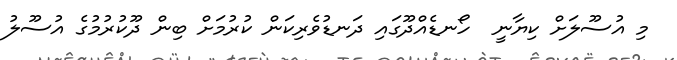
މި އުސޫލަށް ކިޔާނީ  ހޯނޑެއްދޫގައި ދަނޑުވެރިކަން ކުރުމަށް ބިން ދޫކުރުމުގެ އުސޫލު